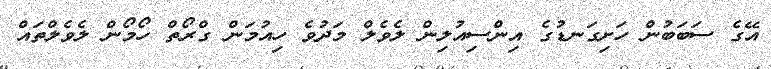
އޭގެ ސަބަބުން ހަށިގަނޑުގެ އިންސިއުލިން ލެވެލް މަދުވެ ހިއުމަން ގްރޯތް ހޯމޯން ލެވެލްތައް